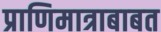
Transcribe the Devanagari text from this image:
प्राणिमात्राबाबत